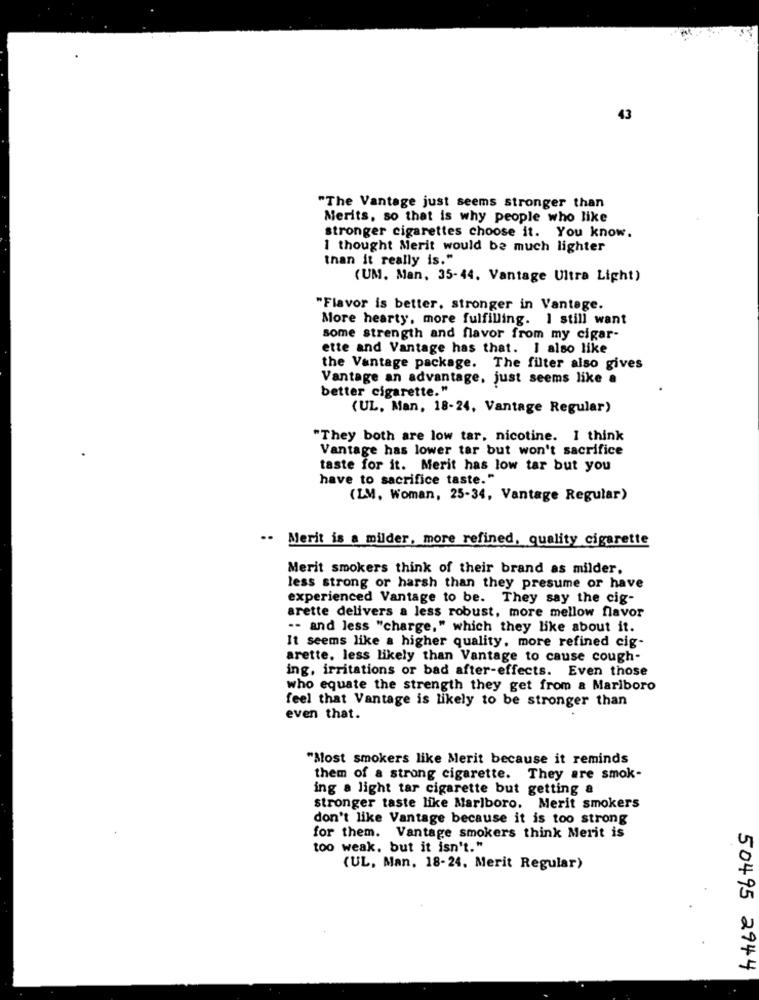
43
"The Vantage just seems stronger than
Merits, so that is why people who like
stronger cigarettes choose it. You know.
I thought Merit would be much lighter
than it really is."
(UM. Man, 35-44. Vantage Ultra Light)
"Flavor is better, stronger in Vantage.
More hearty, more fulfilling. I still want
some strength and flavor from my cigar-
ette and Vantage has that. I also like
the Vantage package. The filter also gives
Vantage an advantage, just seems like a
better cigarette."
(UL. Man, 18-24, Vantage Regular)
"They both are low tar, nicotine. I think
Vantage has lower tar but won't sacrifice
taste for it. Merit has low tar but you
have to sacrifice taste."
(LM, Woman, 25-34, Vantage Regular)
·· Merit is a milder, more refined, quality cigarette
Merit smokers think of their brand as milder.
less strong or harsh than they presume or have
experienced Vantage to be. They say the cig-
arette delivers a less robust, more mellow flavor
-- and less "charge," which they like about it.
It seems like a higher quality, more refined cig-
arette, less likely than Vantage to cause cough-
ing, irritations or bad after-effects. Even those
who equate the strength they get from a Marlboro
feel that Vantage is likely to be stronger than
even that.
"Most smokers like Merit because it reminds
them of a strong cigarette. They are smok-
ing a light tar cigarette but getting a
stronger taste like Marlboro. Merit smokers
don't like Vantage because it is too strong
for them. Vantage smokers think Merit is
too weak, but it isn't."
(UL. Man, 18-24, Merit Regular)
50495 2944